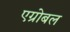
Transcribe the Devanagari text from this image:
एग्रोबल